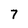
Character: 7